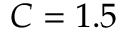
C = 1 . 5